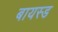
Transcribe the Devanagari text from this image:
बायस्ड